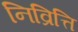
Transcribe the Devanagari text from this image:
निव्रित्ति